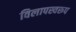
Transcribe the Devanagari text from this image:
विलापस्वरूप